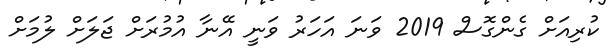
ކުރިއަށް ގެންގޮސް 2019 ވަނަ އަހަރު ވަނީ އޭނާ އުމުރަށް ޖަލަށް ލުމަށް